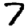
Digit: 7